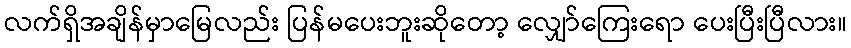
လက်ရှိအချိန်မှာမြေလည်း ပြန်မပေးဘူးဆိုတော့ လျှော်ကြေးရော ပေးပြီးပြီလား။